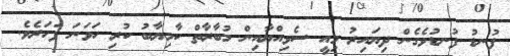
ފުނޑު ފުނޑުވެގެން ދިޔައިރު މިއީ ސެވިއްޔާއިން މުބާރާތް ކާމިޔާބު ކުރި ހަވަނަ ފަހަރެވެ.